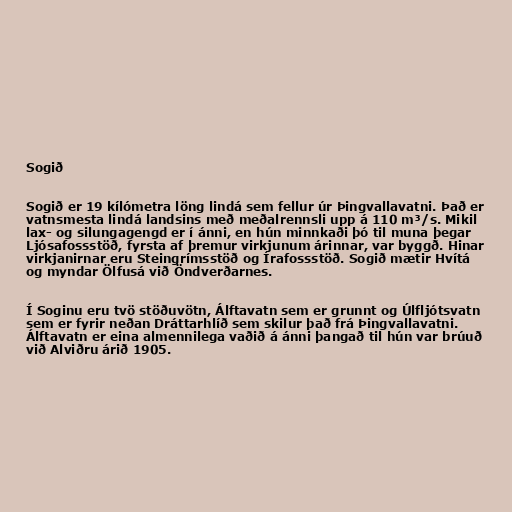
Sogið

Sogið er 19 kílómetra löng lindá sem fellur úr Þingvallavatni. Það er
vatnsmesta lindá landsins með meðalrennsli upp á 110 m³/s. Mikil
lax- og silungagengd er í ánni, en hún minnkaði þó til muna þegar
Ljósafossstöð, fyrsta af þremur virkjunum árinnar, var byggð. Hinar
virkjanirnar eru Steingrímsstöð og Írafossstöð. Sogið mætir Hvítá
og myndar Ölfusá við Öndverðarnes.

Í Soginu eru tvö stöðuvötn, Álftavatn sem er grunnt og Úlfljótsvatn
sem er fyrir neðan Dráttarhlíð sem skilur það frá Þingvallavatni.
Álftavatn er eina almennilega vaðið á ánni þangað til hún var brúuð
við Alviðru árið 1905.